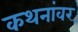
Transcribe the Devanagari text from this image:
कथनांवर